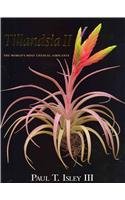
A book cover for Tillandsia II: The World's Most Unusual Airplants; Paul T., III Isley; Crafts, Hobbies & Home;